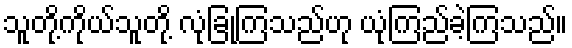
သူတို့ကိုယ်သူတို့ လုံခြုံကြသည်ဟု ယုံကြည်ခဲ့ကြသည်။